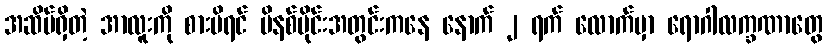
အဆိပ်ရှိတဲ့ အာလူးကို စားမိရင် မိနစ်ပိုင်းအတွင်းကနေ နောက် ၂ ရက် လောက်မှာ ရောဂါလက္ခဏာတွေ